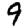
Digit: 9